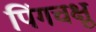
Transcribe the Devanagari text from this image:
पिंगचक्षु